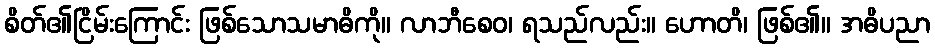
စိတ်၏ငြိမ်းကြောင်း ဖြစ်သောသမာဓိကို။ လာဘီစေဝ၊ ရသည်လည်း။ ဟောတိ၊ ဖြစ်၏။ အဓိပညာ